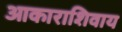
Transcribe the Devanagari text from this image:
आकाराशिवाय